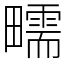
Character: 㽭